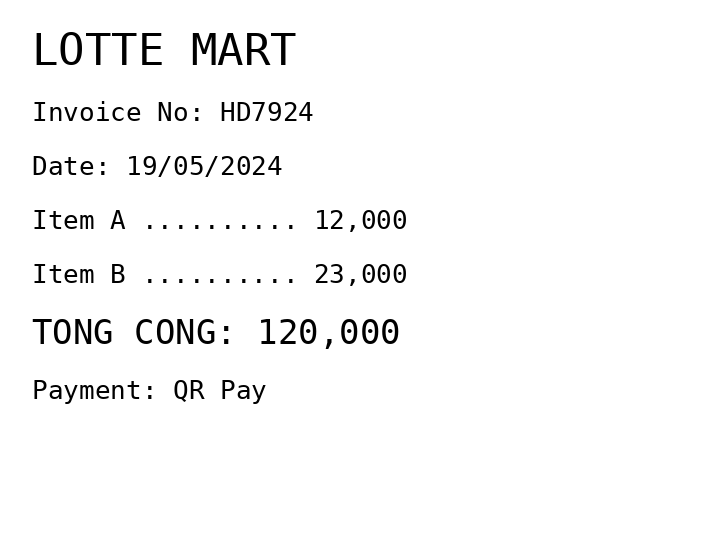
LOTTE MART
Invoice No: HD7924
Date: 19/05/2024
Item A .......... 12,000
Item B .......... 23,000
TONG CONG: 120,000
Payment: QR Pay
Merchant: lotte mart
Date: 2024-05-19
Total: 120000
Invoice No: HD7924
Payment method: QR